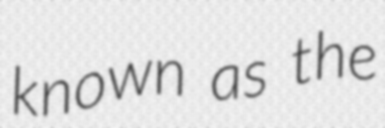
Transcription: known as the